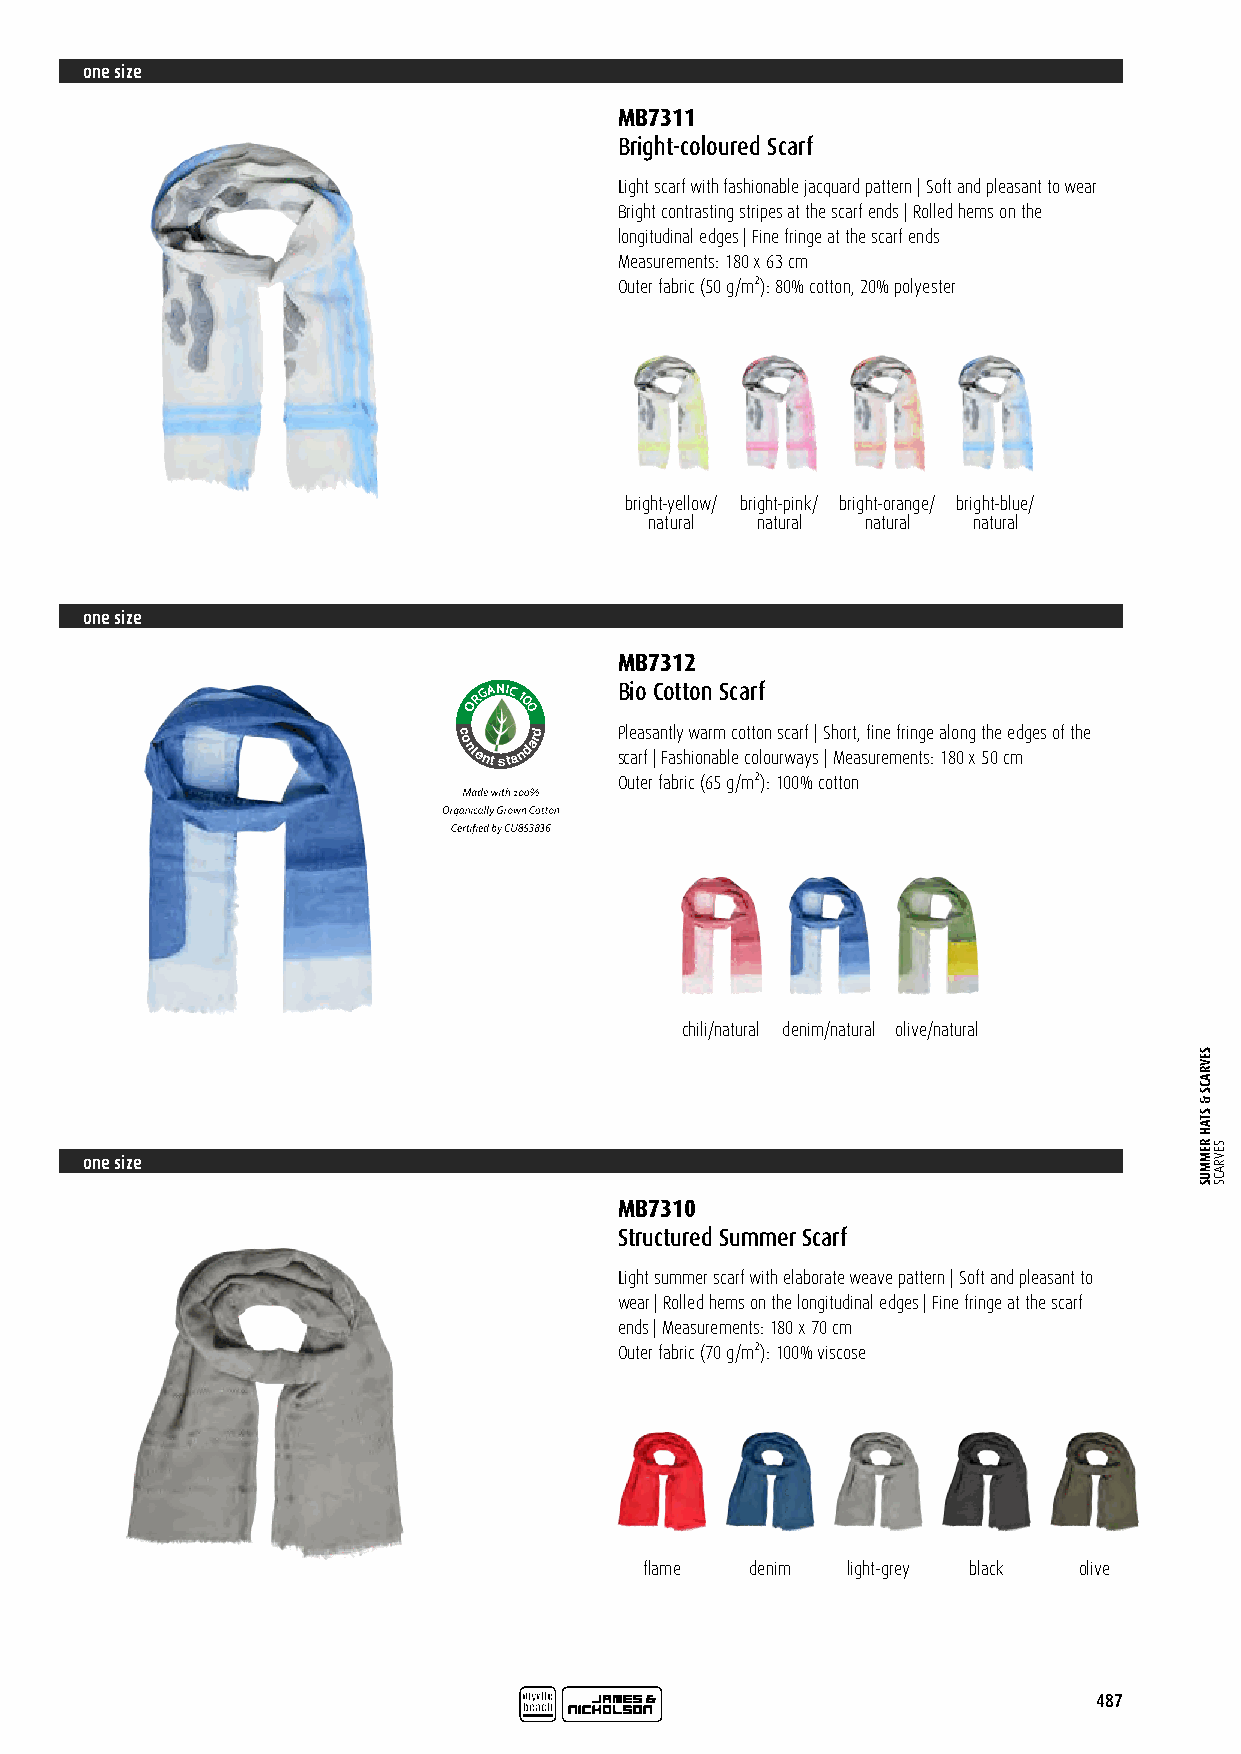
one size
 MB7311
 Bright-coloured Scarf
 Light scarf with fashionable jacquard pattern | Soft and pleasant to wear
 Bright contrasting stripes at the scarf ends | Rolled hems on the
 longitudinal edges | Fine fringe at the scarf ends
 Measurements: 180 x 63 cm
 Outer fabric (50 g/m²): 80% cotton, 20% polyester
 bright-yellow/ bright-pink/ bright-orange/ bright-blue/
 natural natural natural natural
 one size
 MB7312
 RGANIC
 1
 Bio Cotton Scarf
 O  0
 0
 c
 o
 ntent sta
 ndard P scle aa rfs a
 |
 n Ft al sy
 h
 w ioa nr am
 b
 lc eo ct oto lon
 u
 s rc wa arf
 y
 s| S
 |
 h Mo ert a,
 s
 fi un ree
 m
 fr ein ng tse
 :
 1a 8lo 0n g
 x
 t 5h 0e ce mdges of the
 Certified by CU 853836 Outer fabric (65 g/m²): 100% cotton
 chili/natural denim/natural olive/natural
 one size
 MB7310
 Structured Summer Scarf
 Light summer scarf with elaborate weave pattern | Soft and pleasant to
 wear | Rolled hems on the longitudinal edges | Fine fringe at the scarf
 ends | Measurements: 180 x 70 cm
 Outer fabric (70 g/m²): 100% viscose
 flame  denim light-grey black olive
 487
 SEVRACS
 &
 STAH
 REMMUS SEVRACS